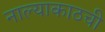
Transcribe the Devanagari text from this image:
नाल्याकाठची